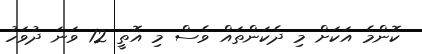
ކޮންމެ އަކަށް މި ދެކަންތައް ވެސް މި އޮތީ 12 ވަނަ ދުވަހު